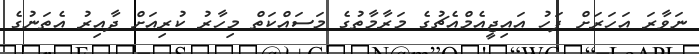
ނަވާރަ އަހަރަށް ފަހު އަައިޖީއެމްއެޗުގެ މަރާމާތުގެ މަސައްކަތް މިހާރު ކުރިއަށް ދާއިރު އެތަނުގެ